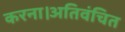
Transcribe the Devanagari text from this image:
करना।अतिवंचित